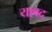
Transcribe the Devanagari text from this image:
यावद